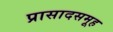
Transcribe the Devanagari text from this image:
प्रासादसमूह